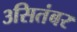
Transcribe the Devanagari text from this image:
३सितंबर